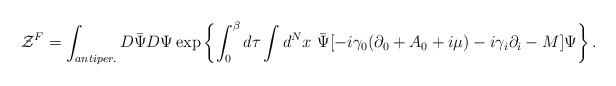
LaTeX: \begin{align*}{\cal Z}^F=\int_{antiper.} D\bar\Psi D\Psi\exp\left\{\int_0^\beta d\tau \int d^Nx\ \bar\Psi [-i\gamma_0(\partial_0 +A_0 +i\mu) -i\gamma_i\partial_i - M] \Psi\right\}.\end{align*}